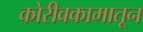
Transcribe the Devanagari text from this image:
कोरीवकामातून